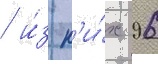
/ и́з н'и́х 96